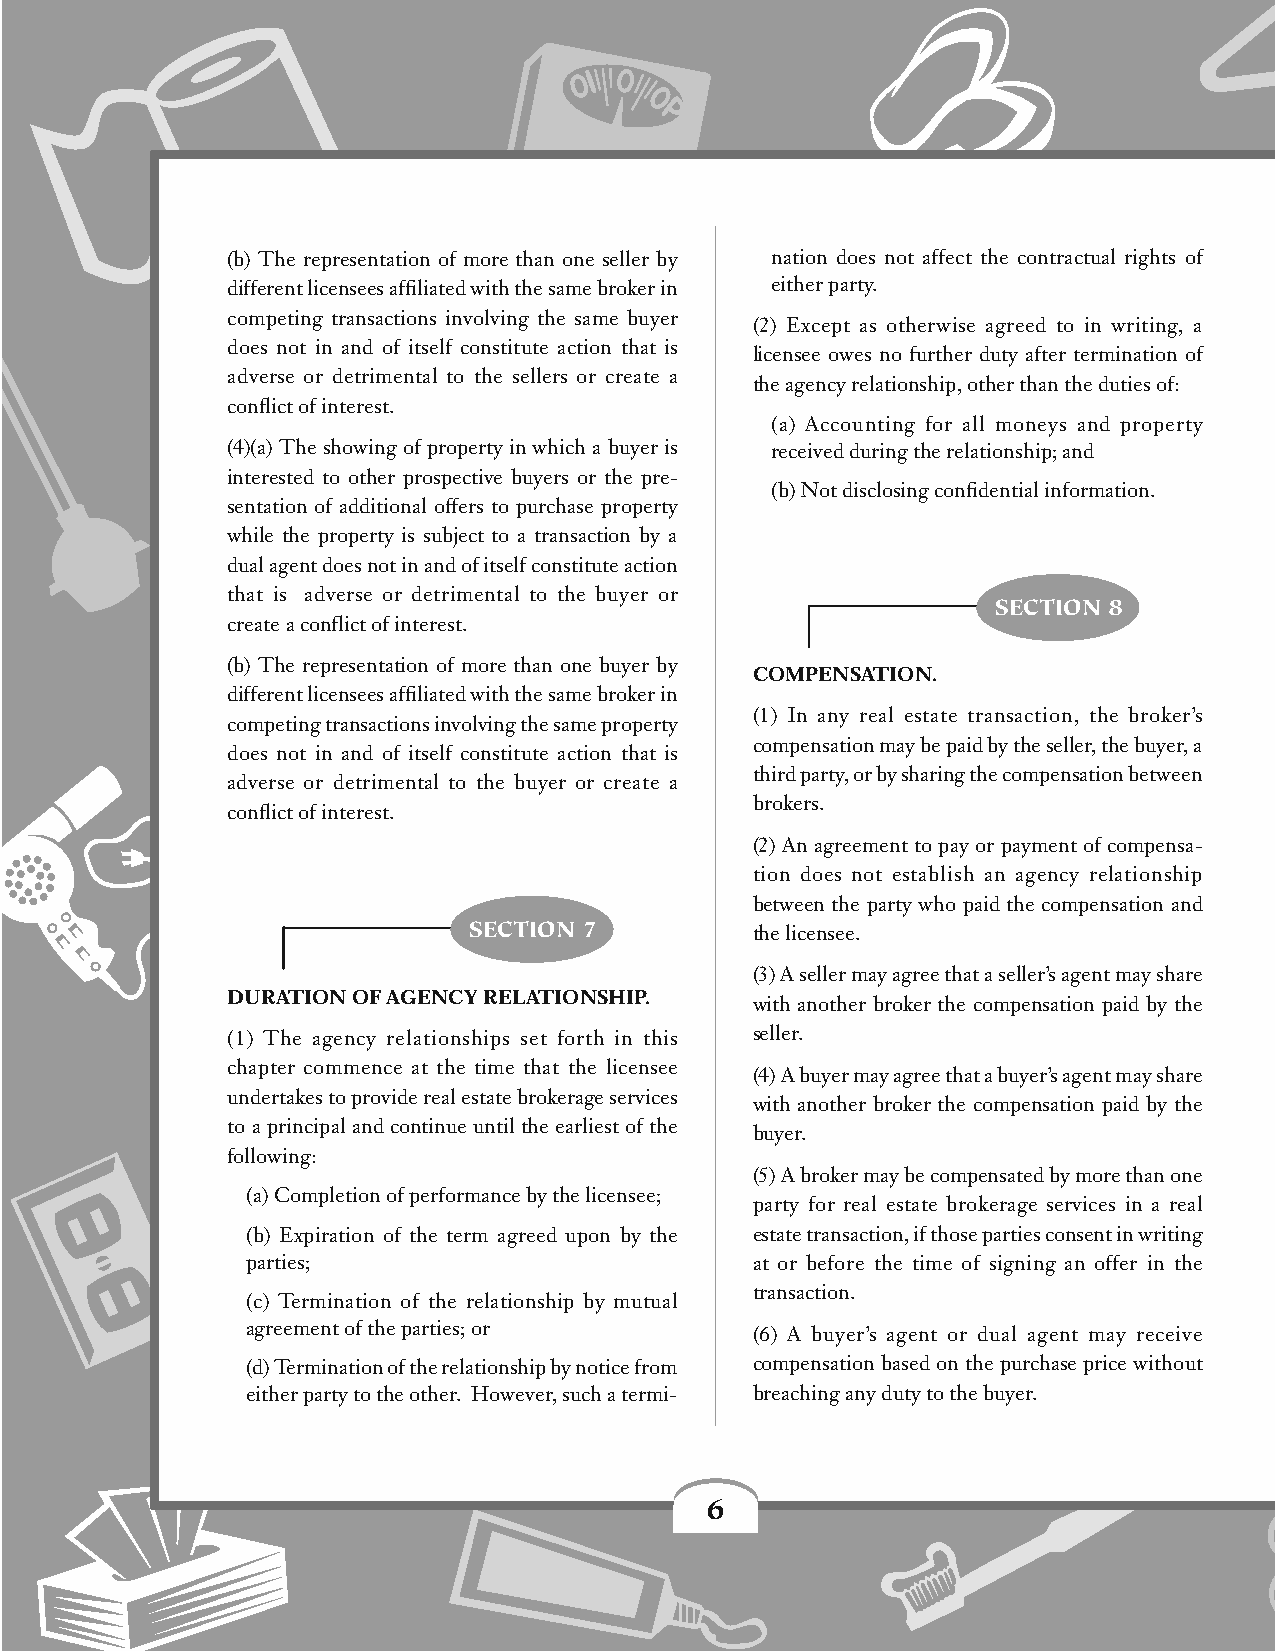
r
 j
 (b) The representation of more than one seller by nation does not affect the contractual rights of
 different licensees affiliated with the same broker in either party.
 competing transactions involving the same buyer
 (2) Except as otherwise agreed to in writing, a
 does not in and of itself constitute action that is
 licensee owes no further duty after termination of
 adverse or detrimental to the sellers or create a
 the agency relationship, other than the duties of:
 conflict of interest.
 (a) Accounting for all moneys and property
 (4)(a) The showing of property in which a buyer is received during the relationship; and
 interested to other prospective buyers or the pre-
 (b) Not disclosing confidential information.
 sentation of additional offers to purchase property
 while the property is subject to a transaction by a
 dual agent does not in and of itself constitute action
 that is adverse or detrimental to the buyer or
 SECTION 8
 create a conflict of interest.
 (b) The representation of more than one buyer by
 COMPENSATION.
 different licensees affiliated with the same broker in
 (1) In any real estate transaction, the broker’s
 competing transactions involving the same property
 compensation may be paid by the seller, the buyer, a
 does not in and of itself constitute action that is
 third party, or by sharing the compensation between
 adverse or detrimental to the buyer or create a
 brokers.
 conflict of interest.
 (2) An agreement to pay or payment of compensa-
 tion does not establish an agency relationship
 between the party who paid the compensation and
 SECTION 7
 the licensee.
 (3) A seller may agree that a seller’s agent may share
 DURATION OF AGENCY RELATIONSHIP.
 with another broker the compensation paid by the
 (1) The agency relationships set forth in this seller.
 chapter commence at the time that the licensee
 (4) A buyer may agree that a buyer’s agent may share
 undertakes to provide real estate brokerage services
 with another broker the compensation paid by the
 to a principal and continue until the earliest of the
 buyer.
 following:
 (5) A broker may be compensated by more than one
 (a) Completion of performance by the licensee;
 party for real estate brokerage services in a real
 (b) Expiration of the term agreed upon by the estate transaction, if those parties consent in writing
 parties;                          at or before the time of signing an offer in the
 transaction.
 (c) Termination of the relationship by mutual
 agreement of the parties; or      (6) A buyer’s agent or dual agent may receive
 (d) Termination of the relationship by notice from compensation based on the purchase price without
 either party to the other. However, such a termi- breaching any duty to the buyer.
 d
 +
 c
 6                        .
 l
 e
 b
 ,
 a
 f
 ,